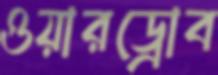
ওয়ারড্রোব